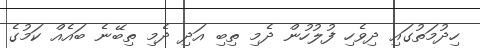
ހިދުމަތުގައި ދިވެހި ފުލުހުން ދެމި ތިބި އަދި ދެމި ތިބޭނެ ބައެއް ކަމުގެ